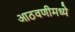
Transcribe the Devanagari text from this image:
आठवणीमध्ये